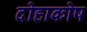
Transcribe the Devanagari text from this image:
दोहाकोष